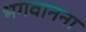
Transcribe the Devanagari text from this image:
भगवानना